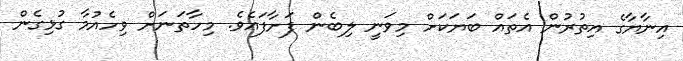
އިނާޔާގެ އިތުރުން އެތައް ބަޔަކަށް މިވަނީ ލިބެން ފަށާފައެވެ. މިހާތަނަށް ވިހެއުމާ ގުޅިގެން